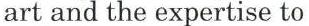
art and the expertise to